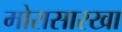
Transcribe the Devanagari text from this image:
मोरासारखा